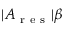
| A _ { \mathrm { ~ r ~ e ~ s ~ } } | \beta